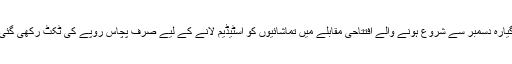
گیارہ دسمبر سے شروع ہونے والے افتتاحی مقابلے میں تماشائیوں کو اسٹیڈیم لانے کے لیے صرف پچاس روپے کی ٹکٹ رکھی گئی۔